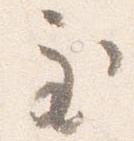
至